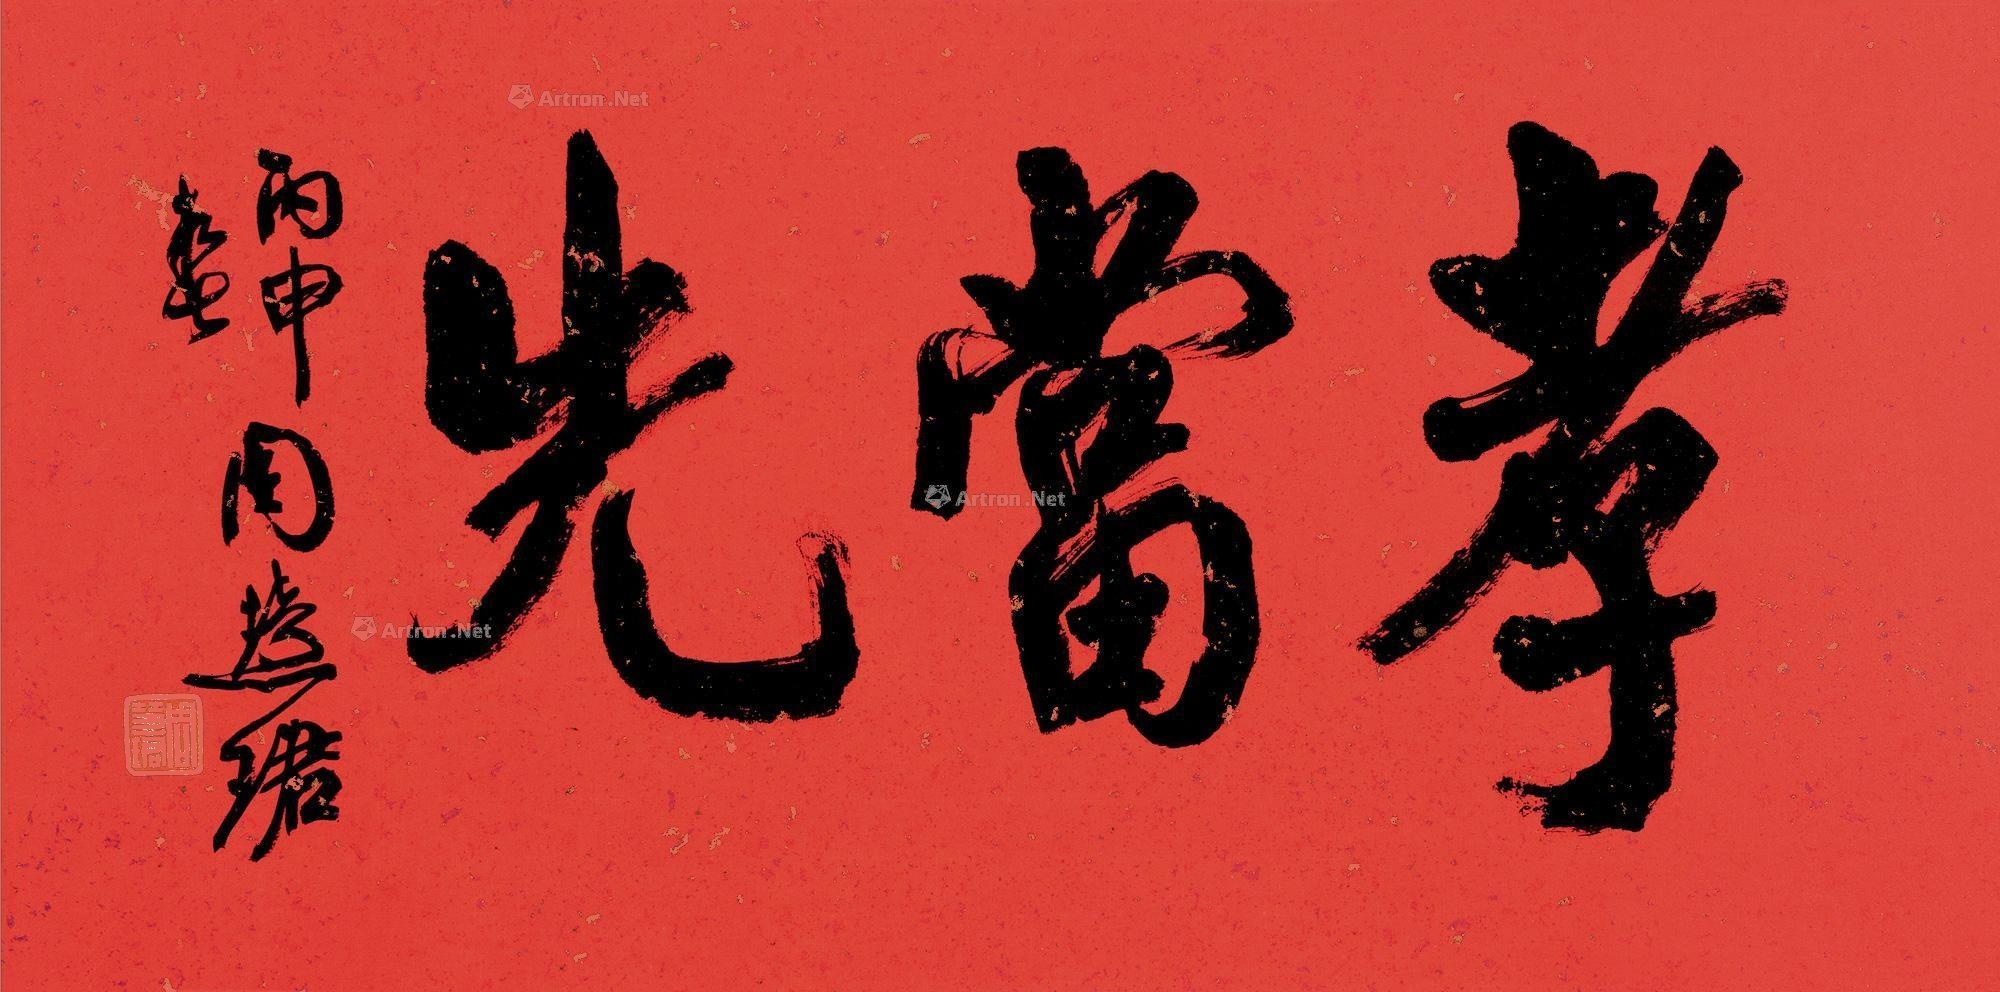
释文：孝当先。丙申春，周慧珺。